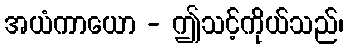
အယံကာယော - ဤသင့်ကိုယ်သည်၊